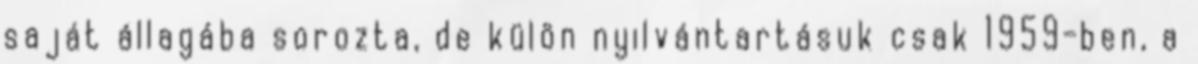
saját állagába sorozta, de külön nyilvántartásuk csak 1959-ben, a